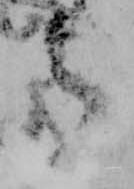
候